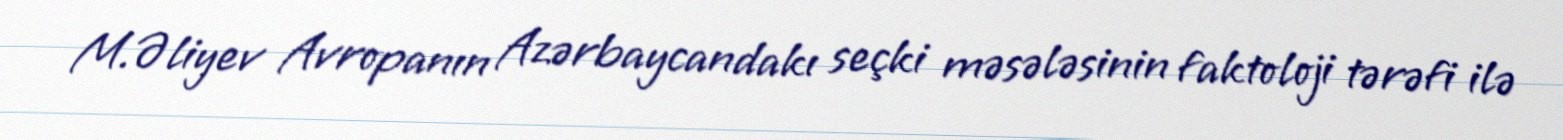
M.Əliyev Avropanın Azərbaycandakı seçki məsələsinin faktoloji tərəfi ilə